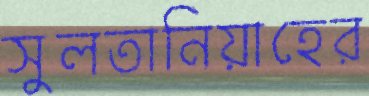
সুলতানিয়াহের